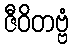
ဇီဝိတဗ္ဗံ